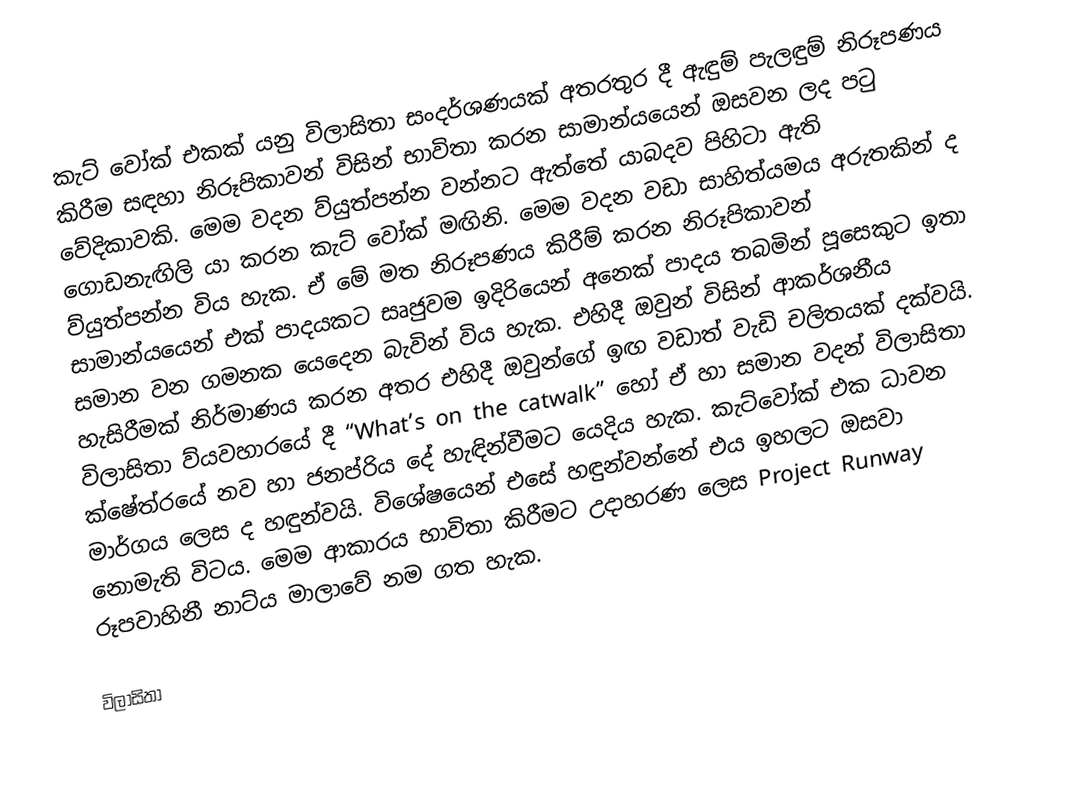
කැට් වෝක් එකක් යනු  විලාසිතා සංදර්ශණයක් අතරතුර දී ඇඳුම් පැලඳුම් නිරූපණය කිරීම සඳහා නිරූපිකාවන් විසින් භාවිතා කරන සාමාන්යයෙන් ඔසවන ලද පටු වේදිකාවකි. මෙම වදන ව්යුත්පන්න වන්නට ඇත්තේ යාබදව පිහිටා ඇති ගොඩනැඟිලි යා කරන කැට් වෝක් මඟිනි. මෙම වදන වඩා සාහිත්යමය අරුතකින් ද ව්යුත්පන්න විය හැක. ඒ මේ මත නිරූපණය කිරීම් කරන නිරූපිකාවන් සාමාන්යයෙන් එක් පාදයකට සෘජුවම ඉදිරියෙන් අනෙක් පාදය තබමින් පූසෙකුට ඉතා සමාන වන ගමනක යෙදෙන බැවින් විය හැක. එහිදී ඔවුන් විසින් ආකර්ශනීය හැසිරීමක් නිර්මාණය කරන අතර එහිදී ඔවුන්ගේ ඉඟ වඩාත් වැඩි චලිතයක් දක්වයි. විලාසිතා ව්යවහාරයේ දී “What’s on the catwalk” හෝ ඒ හා සමාන වදන් විලාසිතා ක්ෂේත්රයේ නව හා ජනප්රිය දේ හැඳින්වීමට යෙදිය හැක. කැට්වෝක් එක ධාවන මාර්ගය ලෙස ද හඳුන්වයි. විශේෂයෙන් එසේ හඳුන්වන්නේ එය ඉහලට ඔසවා නොමැති විටය. මෙම ආකාරය භාවිතා කිරීමට උදාහරණ ලෙස Project Runway රූපවාහිනී නාට්ය මාලාවේ නම ගත හැක.

විලාසිතා